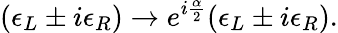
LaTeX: (\epsilon_{L}\pm i\epsilon_{R})\rightarrow e^{i{\frac{\alpha}{2}}}(\epsilon_{L}\pm i\epsilon_{R}).